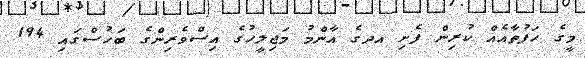
މީގެ ހަފުތާއެއް ކުރިން ފެށި އދގެ އާންމު މަޖިލީހުގެ އިސްވެރިންގެ ބަހުސްގައި 194